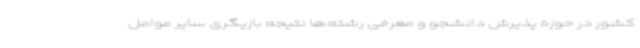
کشور در حوزه پذیرش دانشجو و معرفی رشته‌ها نتیجه بازیگری سایر عوامل